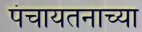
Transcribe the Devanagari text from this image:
पंचायतनाच्या